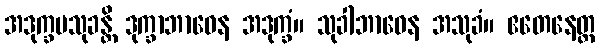
အဒုက္ခမသုခန္တိ ဒုက္ခာဘာဝေန အဒုက္ခံ။ သုခါဘာဝေန အသုခံ။ ဧတေနေတ္ထ